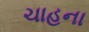
ચાહના